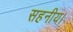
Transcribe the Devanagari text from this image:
सहनीय।